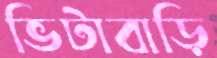
ভিটাবাড়ি